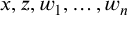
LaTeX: x , z , w _ { 1 } , \ldots , w _ { n }